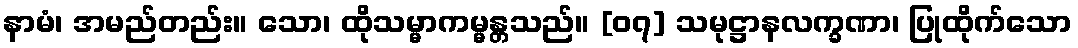
နာမံ၊ အမည်တည်း။ သော၊ ထိုသမ္မာကမ္မန္တသည်။ [၀၇] သမုဋ္ဌာနလက္ခဏာ၊ ပြုထိုက်သော